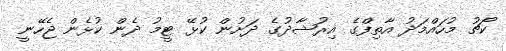
ކޯޗު މުހައްމަދު އާތިފްގެ އިރުޝާދުގެ ދަށުން ކުޅޭ ޓީމު ދެން ކުޅެން ޖެހޭނީ